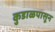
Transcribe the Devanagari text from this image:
कुडाळपासून